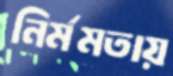
নির্মমতায়